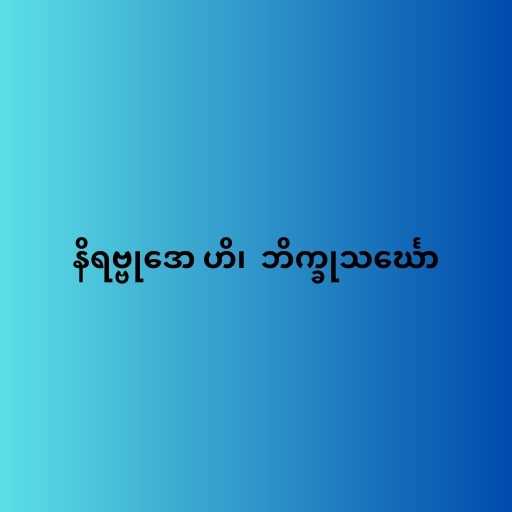
နိရဗ္ဗုဒော ဟိ၊  ဘိက္ခုသင်္ဃော